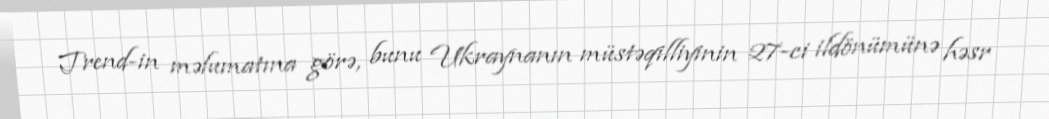
Trend-in məlumatına görə, bunu Ukraynanın müstəqilliyinin 27-ci ildönümünə həsr